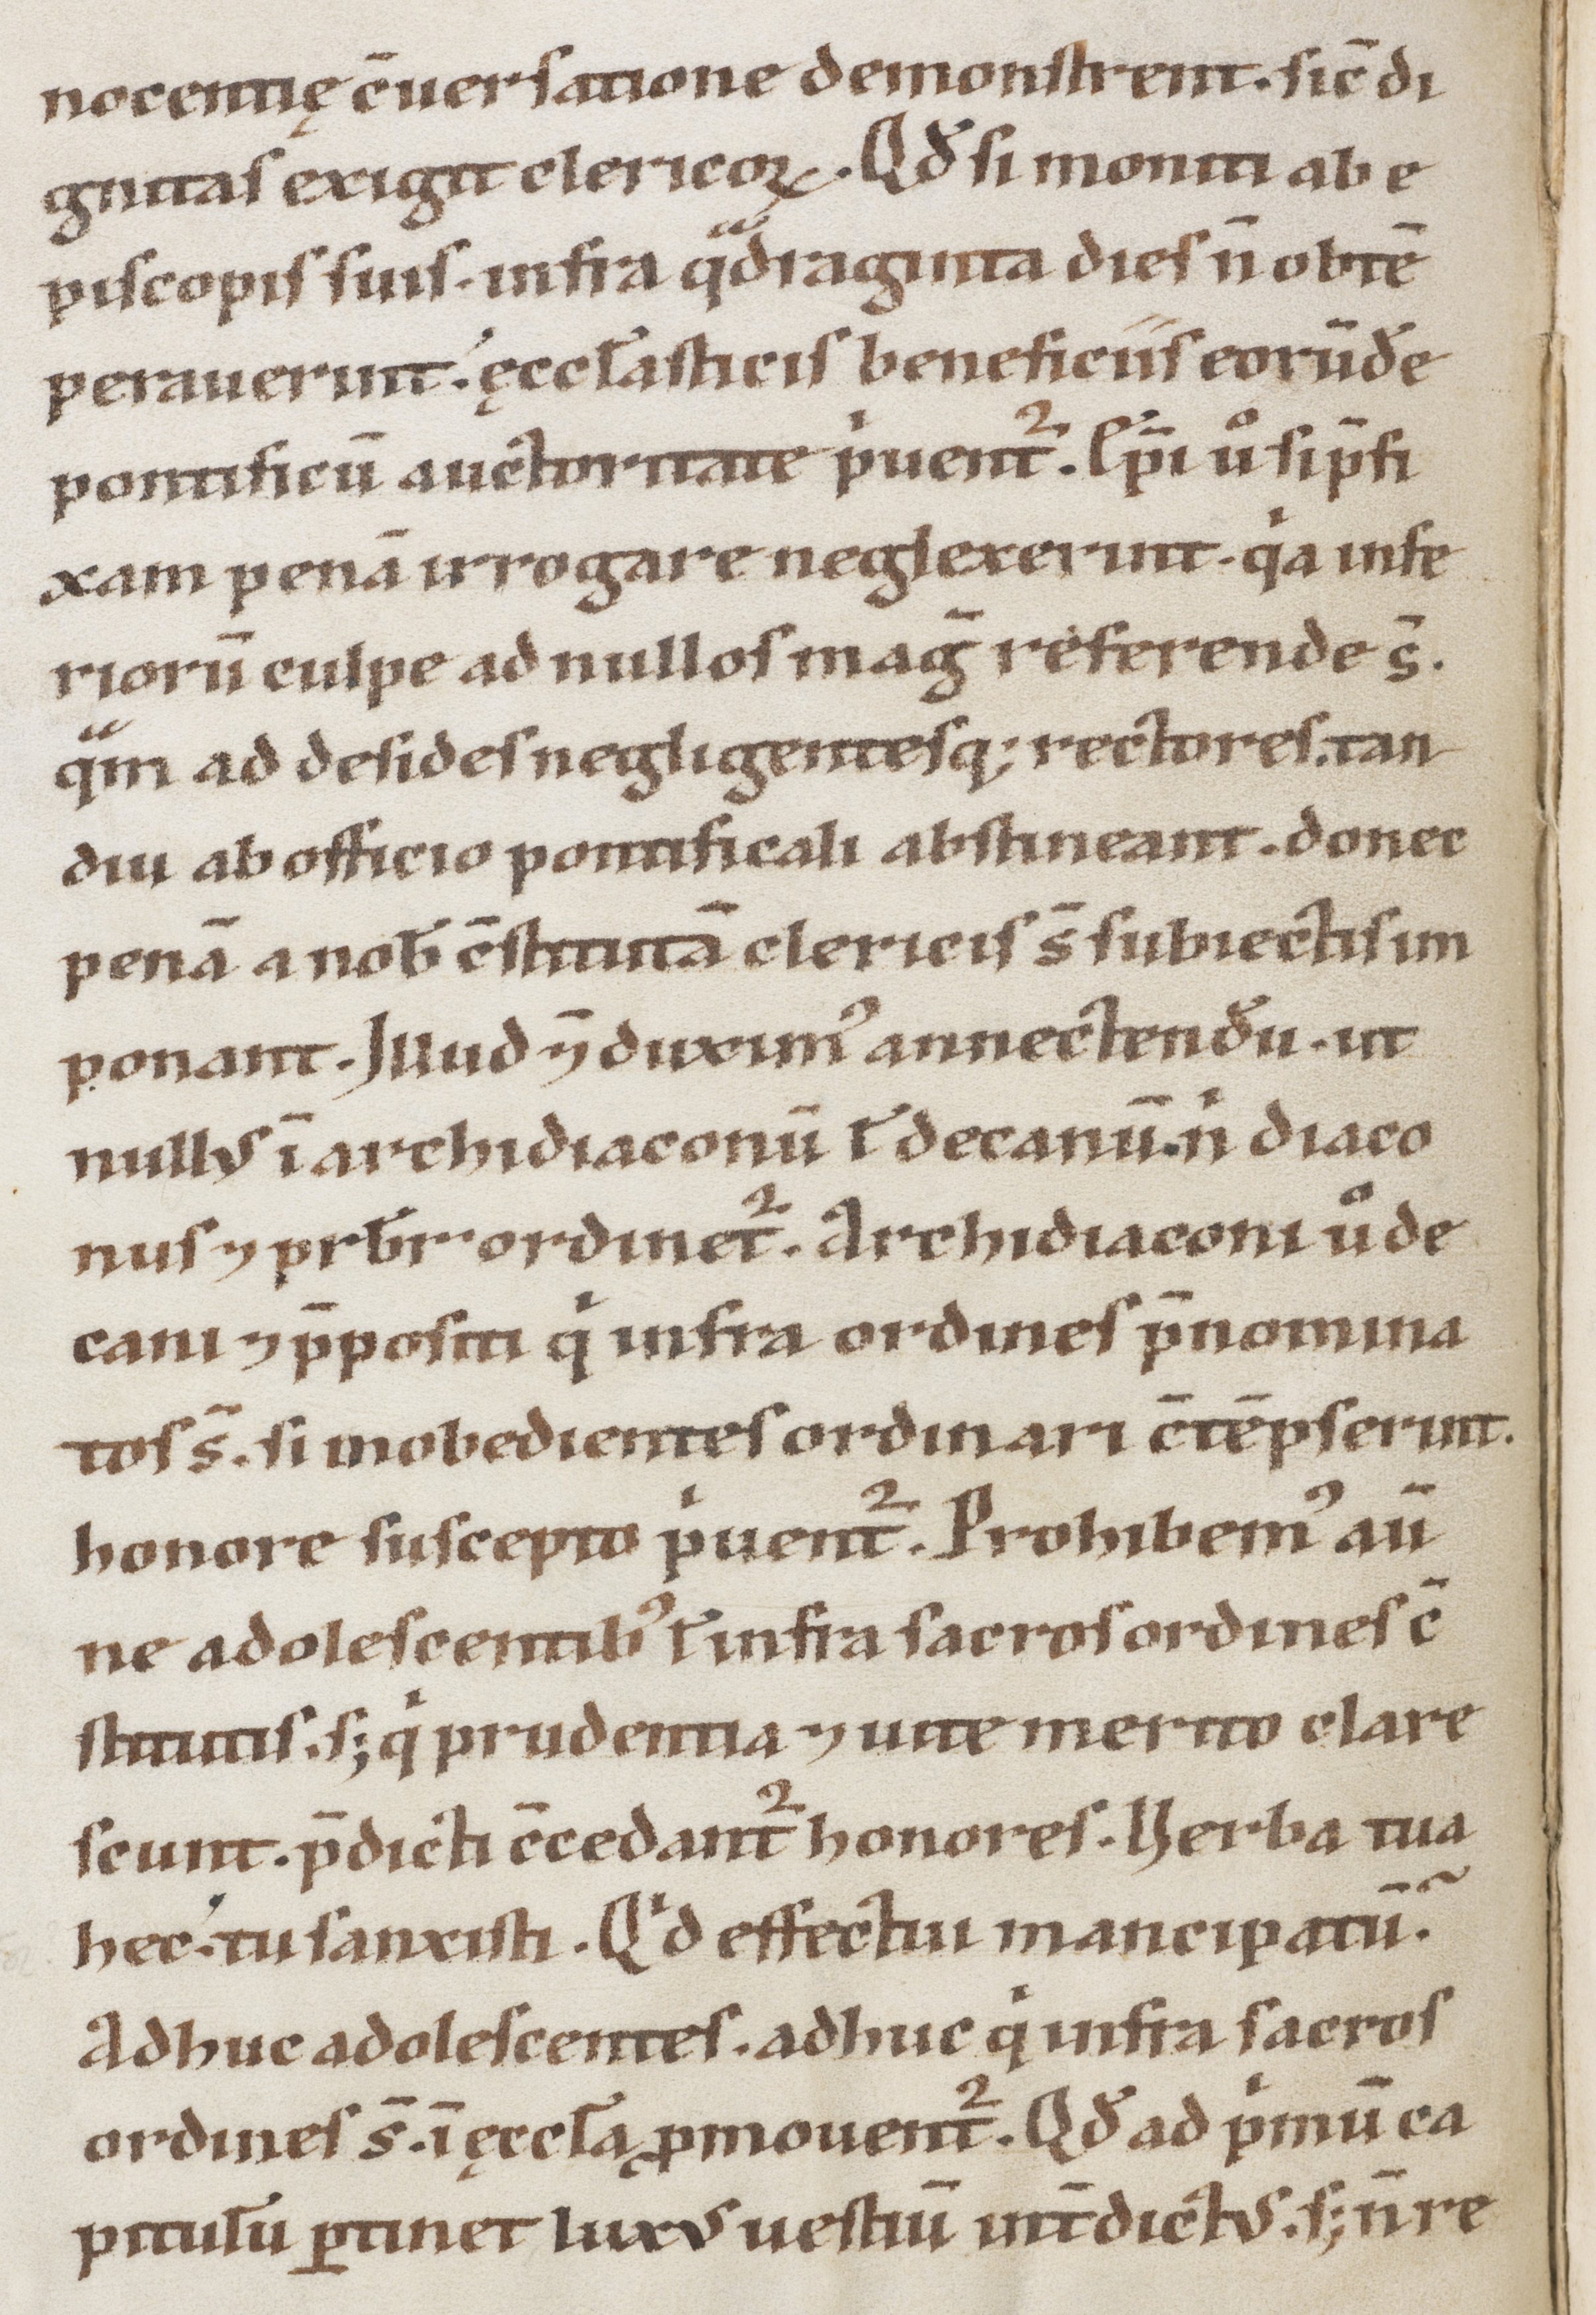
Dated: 1100–1199